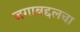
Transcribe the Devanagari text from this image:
जगाबद्दलचा